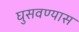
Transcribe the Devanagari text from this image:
घुसवण्यास